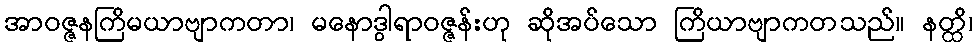
အာဝဇ္ဇနကြိမယာဗျာကတာ၊ မနောဒွါရာဝဇ္ဇန်းဟု ဆိုအပ်သော ကြိယာဗျာကတသည်။ နတ္ထိ၊